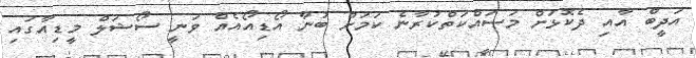
އަދީބް އާއި ދެކޮަޅަށް މަސައްކަތްކުރާނެ ކަމަށް ބުނާ އޯޑިއޯއެއް ވަނީ ސޯޝަލް މީޑިއާގައި